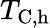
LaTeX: T_{\mathrm{C,h}}